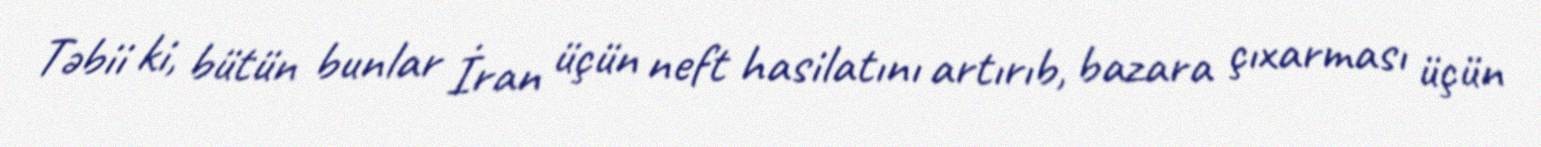
Təbii ki, bütün bunlar İran üçün neft hasilatını artırıb, bazara çıxarması üçün